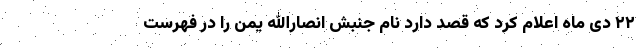
۲۲ دی ماه اعلام کرد که قصد دارد نام جنبش انصارالله یمن را در فهرست